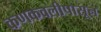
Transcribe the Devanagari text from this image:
कणकवलीपासून